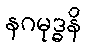
နဂမုဒ္ဓနိ